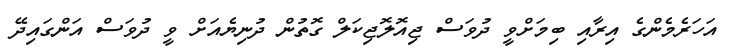
އަހަރެމެންގެ އިރާއި ބިމަށްވީ ދުވަސް ޖިއޮލޮޖިކަލް ގޮތުން ދުނިޔެއަށް ވީ ދުވަސް އަންގައިދޭ